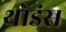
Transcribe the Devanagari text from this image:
थोडंस